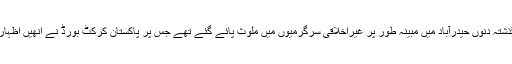
عمر اکمل کے بارے میں اطلاعات ہیں کہ وہ گذشتہ دنوں حیدرآباد میں مبینہ طور پر غیراخلاقی سرگرمیوں میں ملوث پائے گئے تھے جس پر پاکستان کرکٹ بورڈ نے انھیں اظہار وجوہ کا نوٹس جاری کرنے کا فیصلہ کیا ہے۔